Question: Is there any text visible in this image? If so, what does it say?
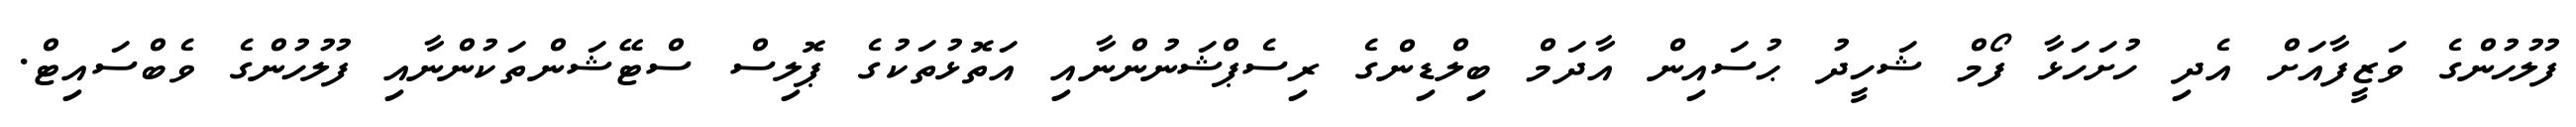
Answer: ފުލުހުންގެ ވަޒީފާއަށް އެދި ހުށަހަޅާ ފޯމް ޝަހީދު ޙުސައިން އާދަމް ބިލްޑިންގެ ރިސެޕްޝަނުންނާއި އަތޮޅުތަކުގެ ޕޮލިސް ސްޓޭޝަންތަކުންނާއި ފުލުހުންގެ ވެބްސައިޓް.